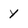
Character: Y